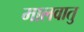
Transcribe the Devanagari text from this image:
मालवातु